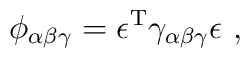
\phi_{\alpha\beta\gamma} =       \epsilon^\mathrm{T}\gamma_{\alpha\beta\gamma}\epsilon~,